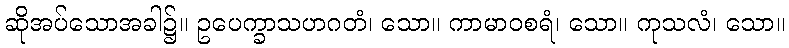
ဆိုအပ်သောအခါ၌။ ဥပေက္ခာသဟဂတံ၊ သော။ ကာမာဝစရံ၊ သော။ ကုသလံ၊ သော။